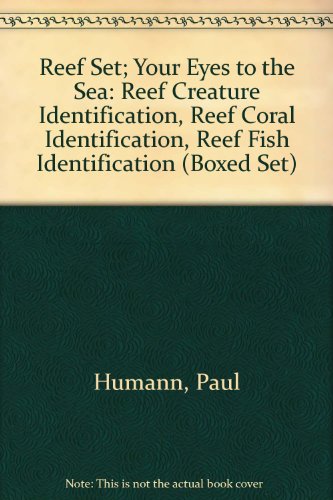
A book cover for The Reef Set(3 Volumes Boxed) (includes Reef Fish, Reef Creature and Reef Coral); Paul Humann; Sports & Outdoors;